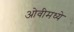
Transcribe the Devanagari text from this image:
ओवीमध्ये